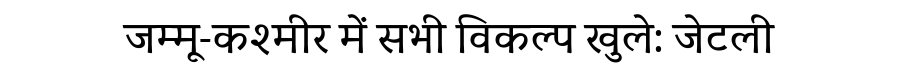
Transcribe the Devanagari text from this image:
जम्मू-कश्मीर में सभी विकल्प खुले: जेटली